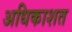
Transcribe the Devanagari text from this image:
अधिकाशत